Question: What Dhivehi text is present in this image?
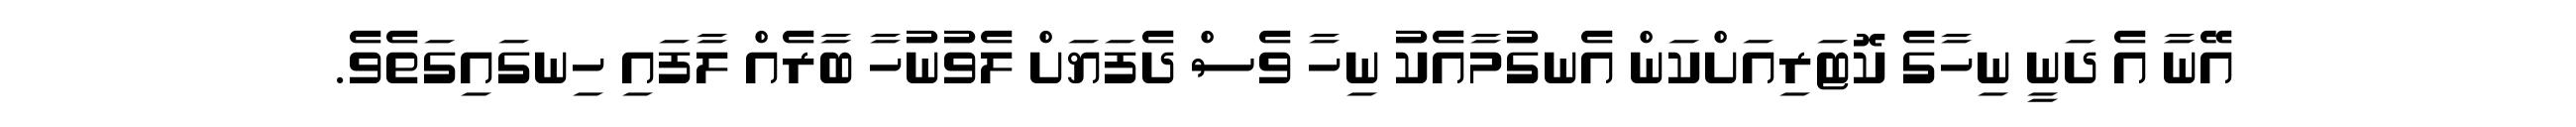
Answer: އޭނާ އެ ދަނީ ނިހާގެ ކޮޓަރިއަށްކަން އެނގުމާއެކު ނިހާ ވެސް ދެފަޔަށް ލެވުނުހާ ބާރެއް ލާފައި ހިނގައިގަތެވެ.